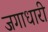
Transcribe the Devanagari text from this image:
जगाधारी